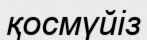
қосмүйіз